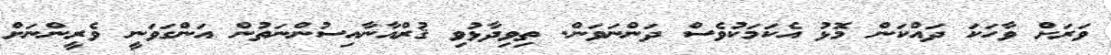
ވަރަށް ވާހަކަ ދައްކަން މޮޅު އެކަމަކުވެސް ދަންނަވަން. ތިވިދާޅުވި ޤުރްއާނާއިސުންނަތުން އަންގަވަނީ ވެރީންނަށް